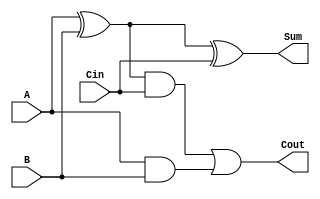
module FullAdder(A, B, Cin, Sum, Cout);
	
	input A, B, Cin;
	output Sum, Cout;

	wire s1, s2, c1;

	xor (s1, A, B);
	and (c1, A, B);
	xor (Sum, s1, Cin);
	and (s2, s1, Cin);
	or (Cout, s2, c1);

endmodule